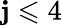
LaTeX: \mathbf{j}\leqslant4